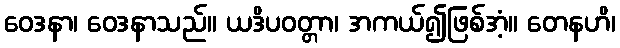
ဝေဒနာ၊ ဝေဒနာသည်။ ယဒိပဝတ္တာ၊ အကယ်၍ဖြစ်အံ့။ တေနဟိ၊